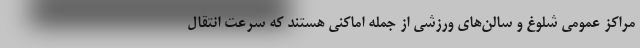
مراکز عمومی شلوغ و سالن‌های ورزشی از جمله اماکنی هستند که سرعت انتقال